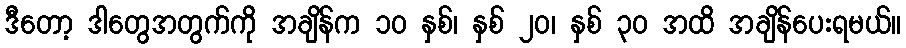
ဒီတော့ ဒါတွေအတွက်ကို အချိန်က ၁၀ နှစ်၊ နှစ် ၂၀၊ နှစ် ၃၀ အထိ အချိန်ပေးရမယ်။